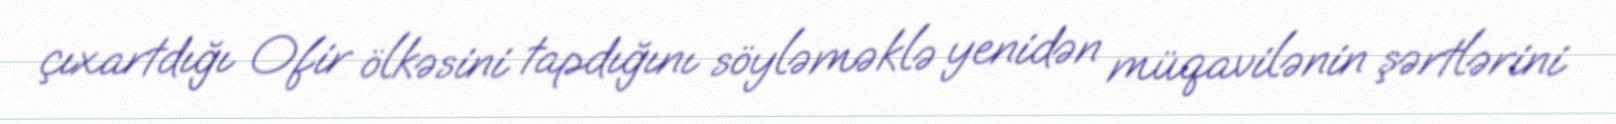
çıxartdığı Ofir ölkəsini tapdığını söyləməklə yenidən müqavilənin şərtlərini